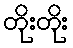
တိုးတိုး